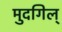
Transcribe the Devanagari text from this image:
मुदगिल्